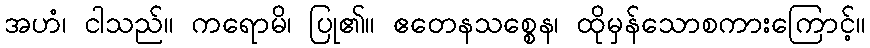
အဟံ၊ ငါသည်။ ကရောမိ၊ ပြု၏။ ဧတေနသစ္စေန၊ ထိုမှန်သောစကားကြောင့်။